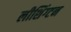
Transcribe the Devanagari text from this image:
लीशिंग्टन